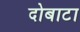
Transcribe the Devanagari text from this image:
दोबाटा